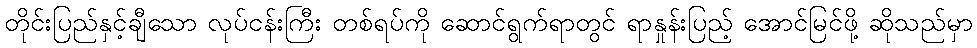
တိုင်းပြည်နှင့်ချီသော လုပ်ငန်းကြီး တစ်ရပ်ကို ဆောင်ရွက်ရာတွင် ရာနှုန်းပြည့် အောင်မြင်ဖို့ ဆိုသည်မှာ